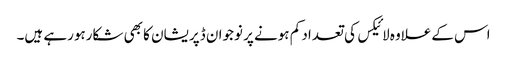
اس کےعلاوہ لائیکس کی تعداد کم ہونے پر نوجوان ڈپریشان کا بھی شکارہورہے ہیں۔